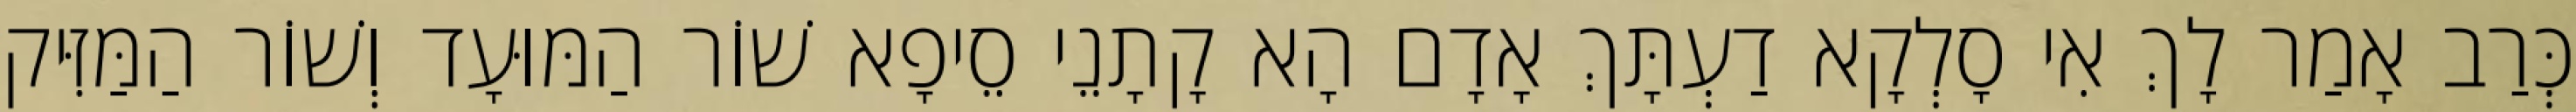
כְּרַב אָמַר לָךְ אִי סָלְקָא דַעְתָּךְ אָדָם הָא קָתָנֵי סֵיפָא שׁוֹר הַמּוּעָד וְשׁוֹר הַמַּזִּיק